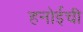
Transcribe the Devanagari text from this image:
हनोईची